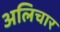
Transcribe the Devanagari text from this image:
अलिचार